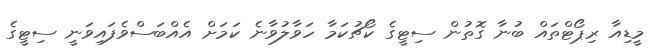
މީޑިއާ ރިޕޯޓްތައް ބުނާ ގޮތުން ސިޓީގެ ކޯޗުކަމާ ހަވާލުވާނެ ކަމަށް އެއްބަސްވެފައިވަނީ ސިޓީގެ